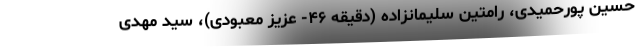
حسین پورحمیدی، رامتین سلیمانزاده (دقیقه ۴۶- عزیز معبودی)، سید مهدی